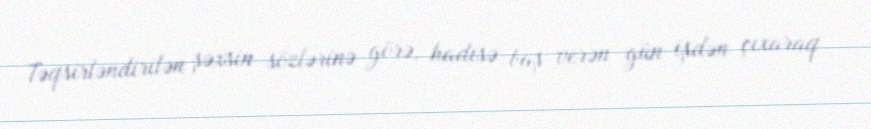
Təqsirləndirilən şəxsin sözlərinə görə, hadisə baş verən gün işdən çıxaraq